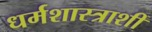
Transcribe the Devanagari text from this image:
धर्मशास्त्राशीं